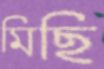
মিছি